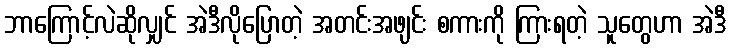
ဘာကြောင့်လဲဆိုလျှင် အဲဒီလိုပြောတဲ့ အတင်းအဖျင်း စကားကို ကြားရတဲ့ သူတွေဟာ အဲဒီ